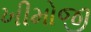
ખીમોજી